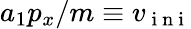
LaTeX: a_{1}p_{x}/m\equiv v_{\mathrm{~i~n~i~}}